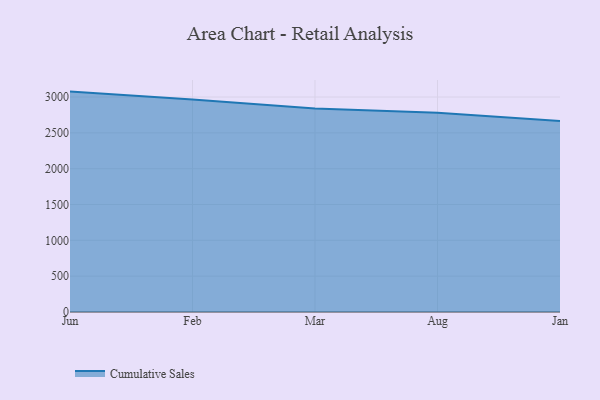
{"axis": {"x": "Month", "y": "Bounce Rate (%)"}, "legend": ["Cumulative Sales"], "data": [{"x": "Jun", "y": 3075.9, "type": "Cumulative Sales"}, {"x": "Feb", "y": 2965.6, "type": "Cumulative Sales"}, {"x": "Mar", "y": 2840.5, "type": "Cumulative Sales"}, {"x": "Aug", "y": 2780.0, "type": "Cumulative Sales"}, {"x": "Jan", "y": 2665.3, "type": "Cumulative Sales"}]}